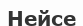
Нейсе